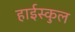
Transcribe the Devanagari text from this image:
हाईस्कुल